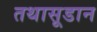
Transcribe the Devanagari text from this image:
तथासूडान